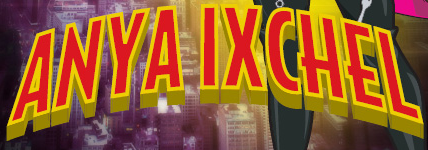
ANYA IXCHEL